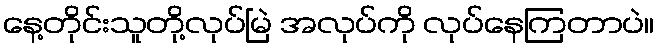
နေ့တိုင်းသူတို့လုပ်မြဲ အလုပ်ကို လုပ်နေကြတာပဲ။